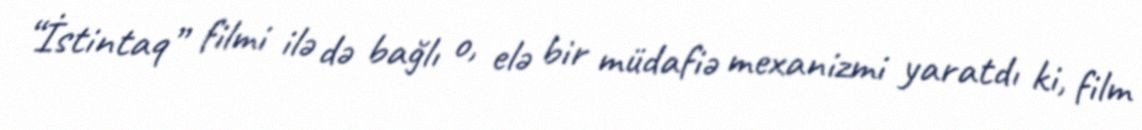
“İstintaq” filmi ilə də bağlı o, elə bir müdafiə mexanizmi yaratdı ki, film